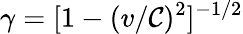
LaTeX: \gamma=[1-(v/\mathcal{C})^{2}]^{-1/2}